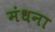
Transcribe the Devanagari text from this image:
मंधना